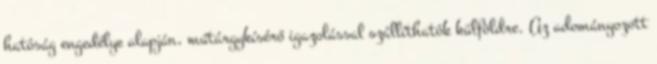
hatóság engedélye alapján, műtárgykísérő igazolással szállíthatók külföldre. Az adományozott